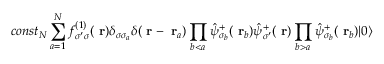
c o n s t _ { N } \sum _ { a = 1 } ^ { N } f _ { \sigma ^ { \prime } \sigma } ^ { ( 1 ) } ( \mathrm { \bf ~ r } ) \delta _ { \sigma \sigma _ { a } } \delta ( \mathrm { \bf ~ r } - \mathrm { \bf ~ r } _ { a } ) \prod _ { b < a } \hat { \psi } _ { \sigma _ { b } } ^ { + } ( \mathrm { \bf ~ r } _ { b } ) \hat { \psi } _ { \sigma ^ { \prime } } ^ { + } ( \mathrm { \bf ~ r } ) \prod _ { b > a } \hat { \psi } _ { \sigma _ { b } } ^ { + } ( \mathrm { \bf ~ r } _ { b } ) | 0 \rangle